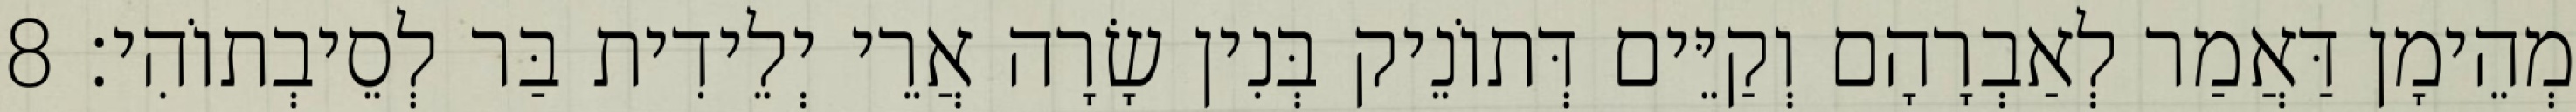
מְהֵימָן דַּאֲמַר לְאַבְרָהָם וְקַיֵּים דְּתוֹנֵיק בְּנִין שָׂרָה אֲרֵי יְלֵידִית בַּר לְסֵיבְתוֹהִי׃ 8